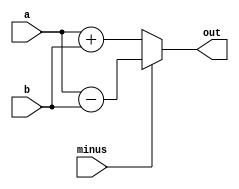
`timescale 1ns / 1ps
//////////////////////////////////////////////////////////////////////////////////
// Company: 
// Engineer: 
// 
// Design Name: 
// Module Name: sum
// Project Name: 
// Target Devices: 
// Tool Versions: 
// Description: 
// 
// Dependencies: 
// 
// Revision:
// Revision 0.01 - File Created
// Additional Comments:
// 
//////////////////////////////////////////////////////////////////////////////////


module sum(
    input [16:0] a,
    input [16:0] b,
    input minus,
    output [17:0] out
    );
    assign out = minus ? a - b : a + b;
endmodule